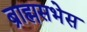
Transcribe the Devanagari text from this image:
ब्राह्मसभेस